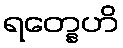
ရတ္နေဟိ